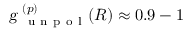
{ \textsl { g } } _ { \mathrm { ~ u ~ n ~ p ~ o ~ l ~ } } ^ { ( p ) } { ( R ) } \approx 0 . 9 - 1